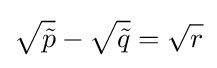
{\sqrt {\tilde {p}}}-{\sqrt {\tilde {q}}}={\sqrt {r}}